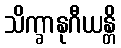
သိက္ခာနုဂီယန္တိ